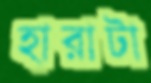
হারাটা